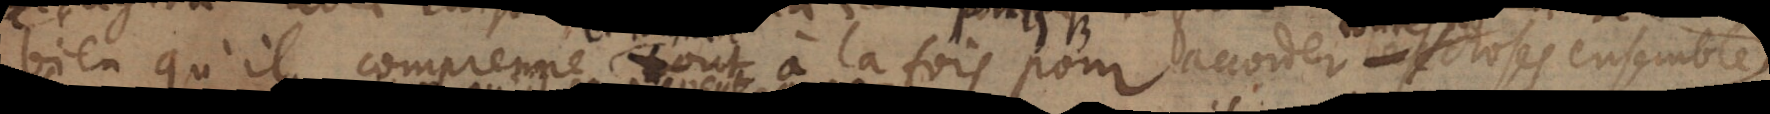
bien qu’il comprenne tout à la fois pour accorder choses ensemble